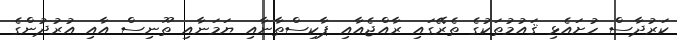
ކަރުދާސް ހުށައެޅި ޤައުމުތަކުގެ ތެރޭގައި ރާއްޖެއާއި ޕާކިސްތާނާއި ޔަމަނާއި ތޫނިސް އާއި އުރުދުންގެ